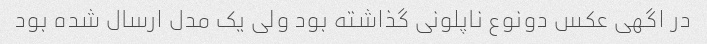
در اگهی عکس دونوع ناپلونی گذاشته بود ولی یک مدل ارسال شده بود